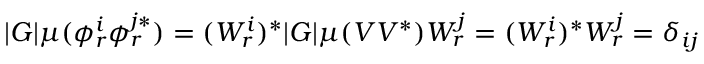
| G | \mu ( \phi _ { r } ^ { i } \phi _ { r } ^ { j * } ) = ( W _ { r } ^ { i } ) ^ { * } | G | \mu ( V V ^ { * } ) W _ { r } ^ { j } = ( W _ { r } ^ { i } ) ^ { * } W _ { r } ^ { j } = \delta _ { i j }